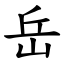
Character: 岳